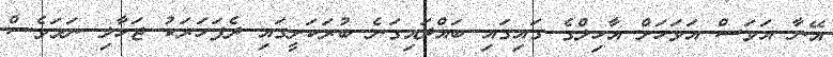
އޭނާ އަވަސް އަވަހަށް އާހިލްގެ ގައިގައި ބައްދައިގަނެ ބުރަކަށީގައި ދެފަހަރަކު ޖަހާލި ނަމަވެސް